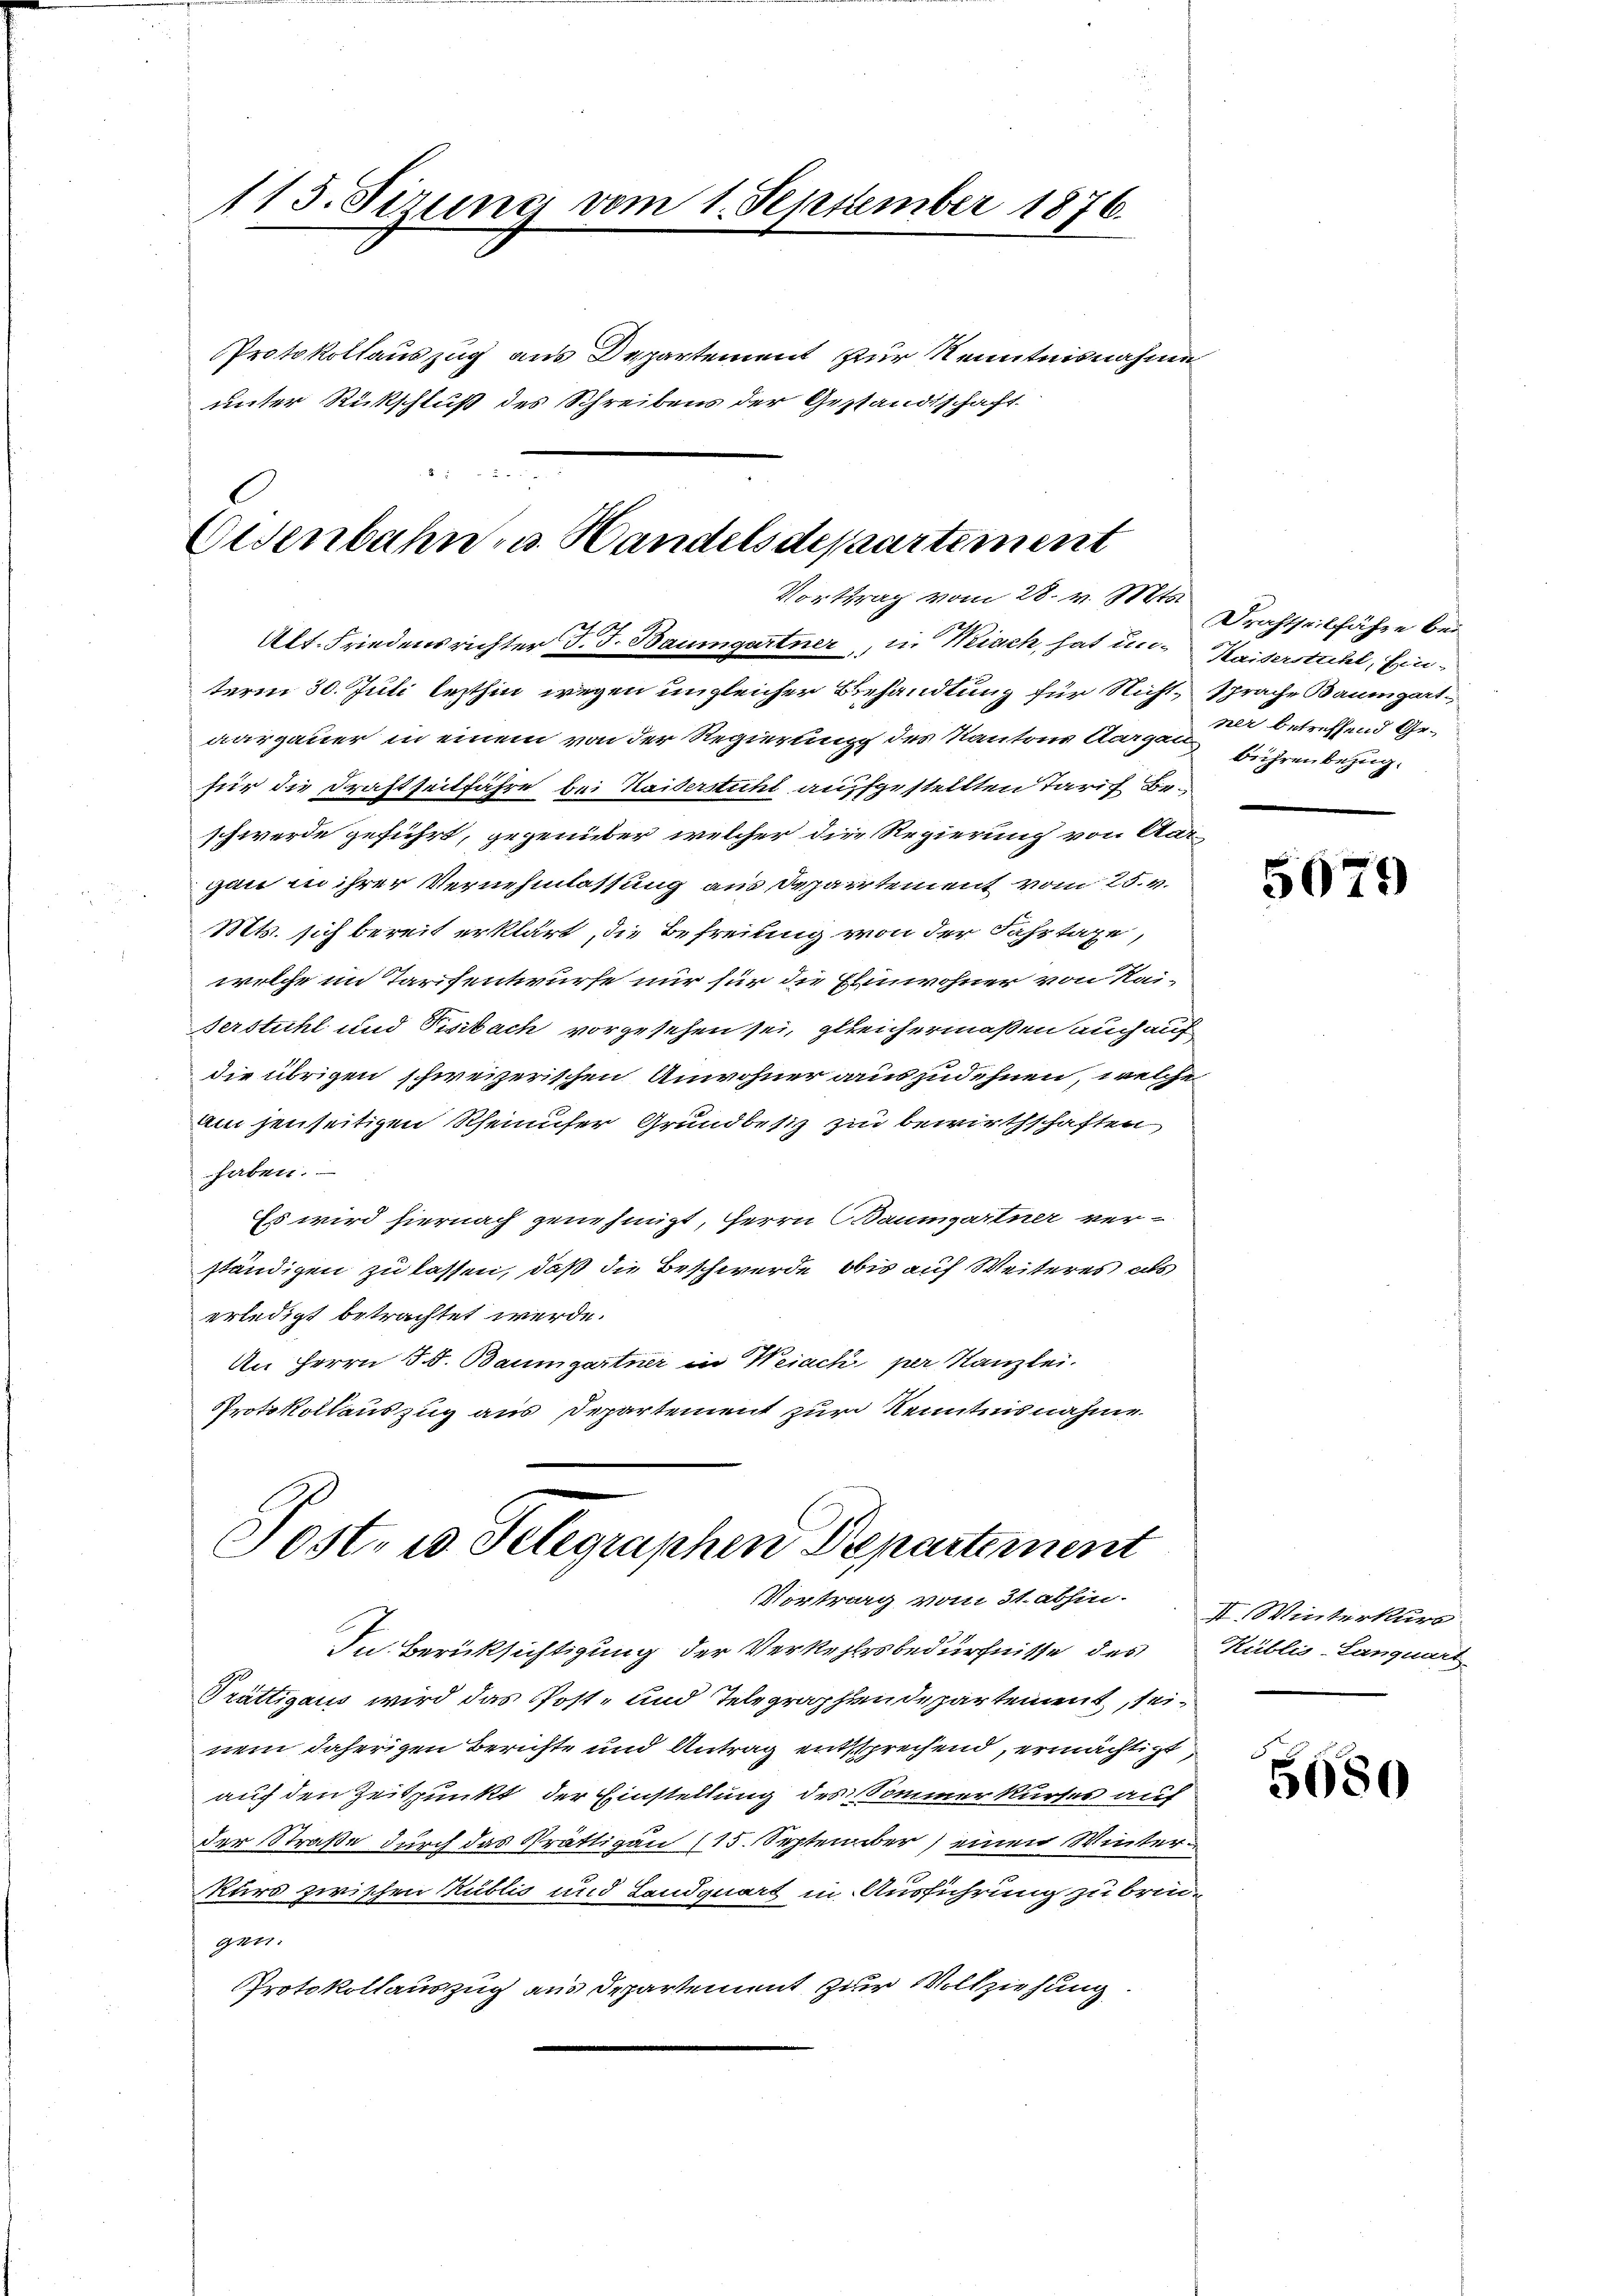
113. Sizung vom 1. September 1876.

Protokollauszug aus Departement zur Kenntnisnahme
unter Rückschluß des Schreibens der Gestandschaft

Eisenbahn, u. Handelsdepartement
Vortrag vom 28. v. Mts.

Alt. Friedensrichter d. J. Baumgartner, in Weiach, hat in Kaiserstuhl, Einterm 30. Juli lezthin wegen ungleicher Behandlung für Nichtaargauer in einem von der Regierung des Kantons Aargau betreffend Gefür die Drahtseitfahre bei Kaiserstuhl auffgestellten Tarif Beschwerde geführt, gegenüber welcher die Regierung von Aa
gan in ihrer Vernehmlassung aus Departement vom 25. v.
Mts. sich bereit erklärt, die Befreiung von der Fahrtaxe,
welche im Tarifentwurfe nur für die Einwohner von Kai¬
Ferstuhl und Pisibach vorgesehen sei, gleichermaßen auch auf
die übrigen schweizerischen Anwohner auszudehnen, welch
Am jenseitigen Rheinufer Grundbesiz zu bewirthschaften,
haben.
Es wird hiernach genehmigt, Herrn Baumgartner ver-
ständigen zu lassen, daß die Beschwerde, obis auf Weiteres als
erledigt betrachtet werde.
An Herrn J. J. Baumgartner in Weiach per Kanzlei-
Protokollauszug aus Departement zur Kenntnisnahme
Post- u. Telegraphen Departement
Vortrag vom 31. abhin.
In Berücksichtigung der Verkehrsbedürfnisse des
Trättigaus wird das Post- und Telegraphendepartement, seinem daherigen Berichte und Antrag entsprechend, ermächtigt
auf den Zeitpunkt der Einstellung des Sommer kurses auf
der Straße durch das Strättigau (15. September) einen Winter
Kurs zwischen Kublis und Landquart in Ausführung zu brin
G177
Protokollauszug aus Departement zur Vollziehung

Drachtheilfahre bei
sprache Baumgart-
bühren bezug.

5679

II. Winterkuro
Küblis-Lanquart

5680